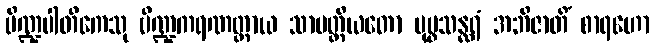
ပိဏ္ဍပါတိကေသု ပိဏ္ဍကရဏတ္ထာယ သာမတ္ထိယတော ပုပ္ဖသန္ထရံ အဘိဇာတိံ စာရဟော